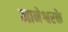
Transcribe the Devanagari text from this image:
ज्ञानेश्वरके